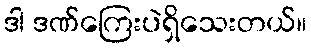
ဒါ ဒဏ်ကြေးပဲရှိသေးတယ်။